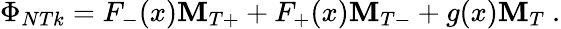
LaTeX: \Phi_{NTk}=F_{-}(x){\mathbf M}_{T+}+F_{+}(x){\mathbf M}_{T-}+g(x){\mathbf M}_{T}\ .